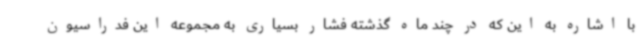
با اشاره به این که در چند ماه گذشته فشار بسیاری به مجموعه این فدراسیون